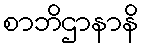
စာဘိဌာနာနိ